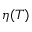
\eta ( T )